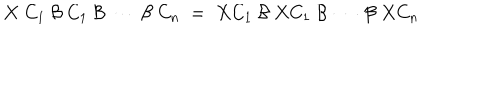
X \; C _ { 1 } \: { \cal { B } } \: C _ { 1 } \: { \cal { B } } \: \cdots \: { \cal { B } } \: C _ { n } \; = \; X C _ { 1 } \: { \cal { B } } \: X C _ { 1 } \: { \cal { B } } \: \cdots \: { \cal { B } } \: X C _ { n } \; \;